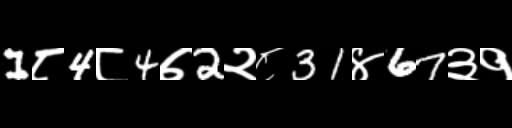
Text: 1८4८4७2२८31४67३१